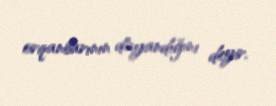
orqanlarının dayandığını deyir.